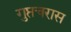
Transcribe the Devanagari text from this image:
गुप्तचरास